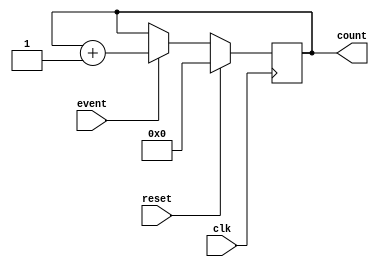
module Counter (
    input clk,
    input reset,
    input event,
    output reg [31:0] count
);

always @(posedge clk) begin
    if (reset) begin
        count <= 0;
    end else if (event) begin
        count <= count + 1;
    end
end

endmodule